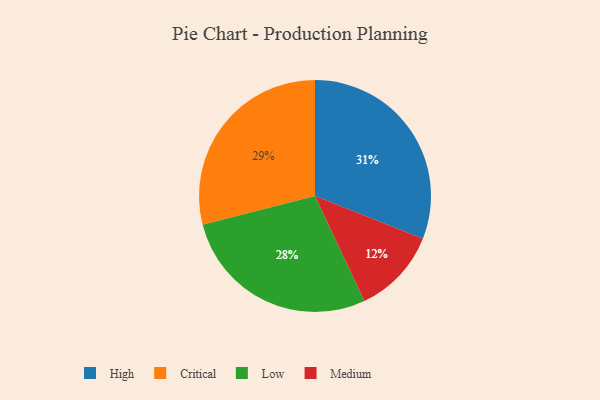
{"axis": {"x": "Category", "y": "Percentage"}, "legend": ["Critical", "High", "Low", "Medium"], "data": [{"x": "Low", "y": 28, "type": "Low"}, {"x": "High", "y": 31, "type": "High"}, {"x": "Medium", "y": 12, "type": "Medium"}, {"x": "Critical", "y": 29, "type": "Critical"}]}